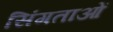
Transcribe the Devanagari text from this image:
सिंगताओं